Madras plague regulations in force outside the Presidency town - Volume 5
Disease focus: Plague
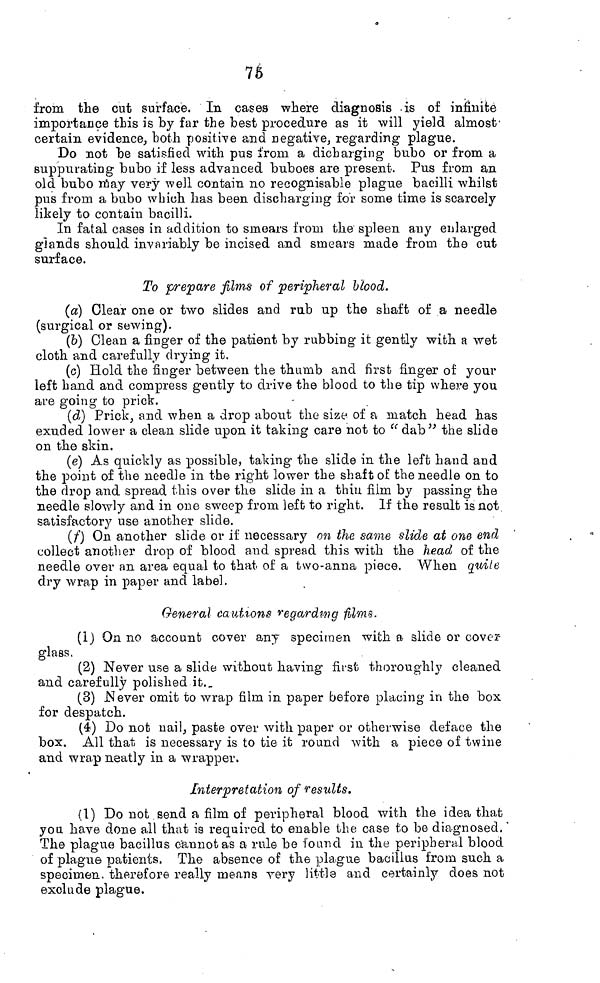
75
from the cut surface. In cases where diagnosis is of infinité
importance this is by far the best procedure as it will yield almost
certain evidence, both positive and negative, regarding plague.
Do not be satisfied with pus from a dich argin g bubo or from a
suppurating bubo if less advanced buboes are present. Pus from an
old bubo may very well contain no recognisable plague bacilli whilst
pus from a bubo which has been discharging for some time is scarcely
likely to contain bacilli.
In fatal cases in addition to smears from the spleen any enlarged
glands should invariably be incised and smears made from the cut
surface.
To prepare films of peripheral Hood.
(a) Clear one or two slides and rub up the shaft of a needle
(surgical or sewing).
(b) Clean a finger of the patient by rubbing it gently with a wet
cloth and carefully drying it.
(c) Hold the finger between the thumb and first finger of your
"left hand and compress gently to drive the blood to the tip where you
are going to prick.
(d) Prick, and when a drop about the size of a match head has
exuded lower a clean slide upon it taking care not to " dab" the slide
on the skin.
(e) As quickly as possible, taking the slide in the left hand and
the point of the needle in the right lower the shaft of the needle on to
the drop and spread this over the slide in a thin film by passing the
needle slowly and in one sweep from left to right. If the result is not
satisfactory use another slide.
(f) On another slide or if necessary on the same slide at one end
collect another drop of blood and spread this with the head of the
needle over an area equal to that of a two-anna piece. When quite
dry wrap in paper and label.
General cautions regarding filmy.
(1) On no account cover any specimen with a slide or cover-
glass.
(2) Never use a slide without having first thoroughly cleaned
and carefully polished it._
(3) Never omit to wrap film in paper before placing in the box
for despatch.
(4) Do not nail, paste over with paper or otherwise deface the
box. All that is necessary is to tie it round with a piece of twine
and wrap neatly in a wrapper.
Interpretation of results.
(1) Do not send a film of peripheral blood with the idea that
you have done all that is required to enable the case to be diagnosed. '
The plague bacillus cannot as a rule be found in the peripheral blood
of plague patients. The absence of the plague bacillus from such a
specimen therefore really means very little and certainly does not
exclude plague.